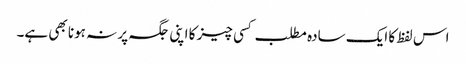
اس لفظ کا ایک سادہ مطلب کسی چیز کا اپنی جگہ پر نہ ہونا بھی ہے۔